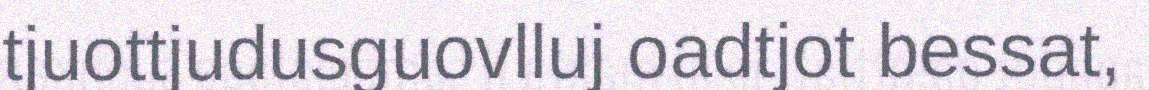
tjuottjudusguovlluj oadtjot bessat,